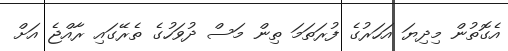
އެގޮތުން މިދިޔަ އަހަރުގެ ފުރަތަމަ ތިން މަސް ދުވަހުގެ ތެރޭގައި ރާއްޖެ އަށް